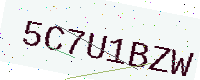
Text: 5C7U1BZW